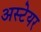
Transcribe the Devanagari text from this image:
अस्टेयर